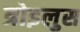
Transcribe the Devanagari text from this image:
त्रोइलुस